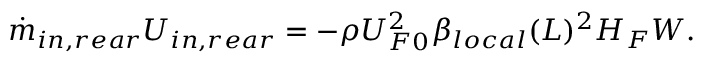
\Dot { m } _ { i n , r e a r } U _ { i n , r e a r } = - \rho U _ { F 0 } ^ { 2 } \beta _ { l o c a l } ( L ) ^ { 2 } H _ { F } W .